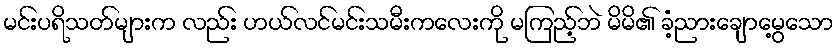
မင်းပရိသတ်များက လည်း ဟယ်လင်မင်းသမီးကလေးကို မကြည့်ဘဲ မိမိ၏ ခံ့ညားချောမွေ့သော